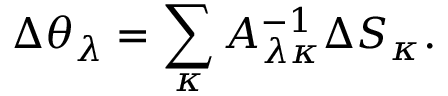
\Delta \theta _ { \lambda } = \sum _ { \kappa } A _ { \lambda \kappa } ^ { - 1 } \Delta S _ { \kappa } .